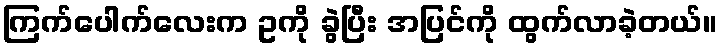
ကြက်ပေါက်လေးက ဥကို ခွဲပြီး အပြင်ကို ထွက်လာခဲ့တယ်။